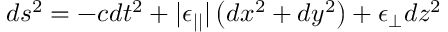
d s ² = - c d t ^ { 2 } + | \epsilon _ { | | } | \left( d x ^ { 2 } + d y ^ { 2 } \right) + \epsilon _ { \perp } d z ^ { 2 }